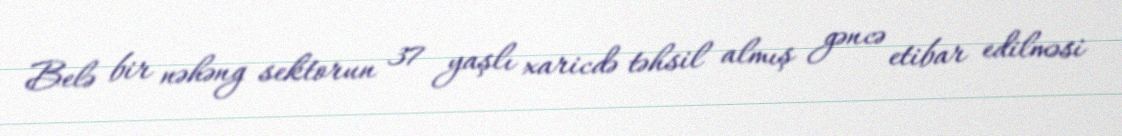
Belə bir nəhəng sektorun 37 yaşlı xaricdə təhsil almış gəncə etibar edilməsi